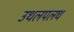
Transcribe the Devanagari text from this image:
उथलपलथ